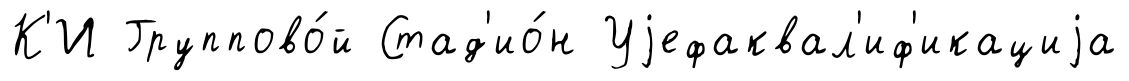
К'И Группово́й Стад'ио́н Уjефаквал'иф'икациjа